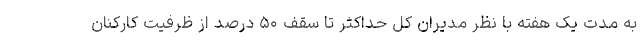
به مدت یک هفته با نظر مدیران کل حداکثر تا سقف ۵۰ درصد از ظرفیت کارکنان